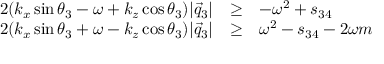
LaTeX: \begin{array} { l l l } { { 2 ( k _ { x } \sin \theta _ { 3 } - \omega + k _ { z } \cos \theta _ { 3 } ) | \vec { q } _ { 3 } | } } & { { \ge } } & { { - \omega ^ { 2 } + s _ { 3 4 } } } \\ { { 2 ( k _ { x } \sin \theta _ { 3 } + \omega - k _ { z } \cos \theta _ { 3 } ) | \vec { q } _ { 3 } | } } & { { \ge } } & { { \omega ^ { 2 } - s _ { 3 4 } - 2 \omega m } } \end{array}